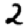
Digit: 2